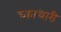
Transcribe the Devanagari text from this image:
च्काधारी